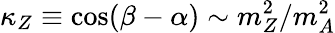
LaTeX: \kappa_{Z}\equiv\cos(\beta-\alpha)\sim m_{Z}^{2}/m_{A}^{2}